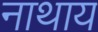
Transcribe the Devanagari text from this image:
नाथाय